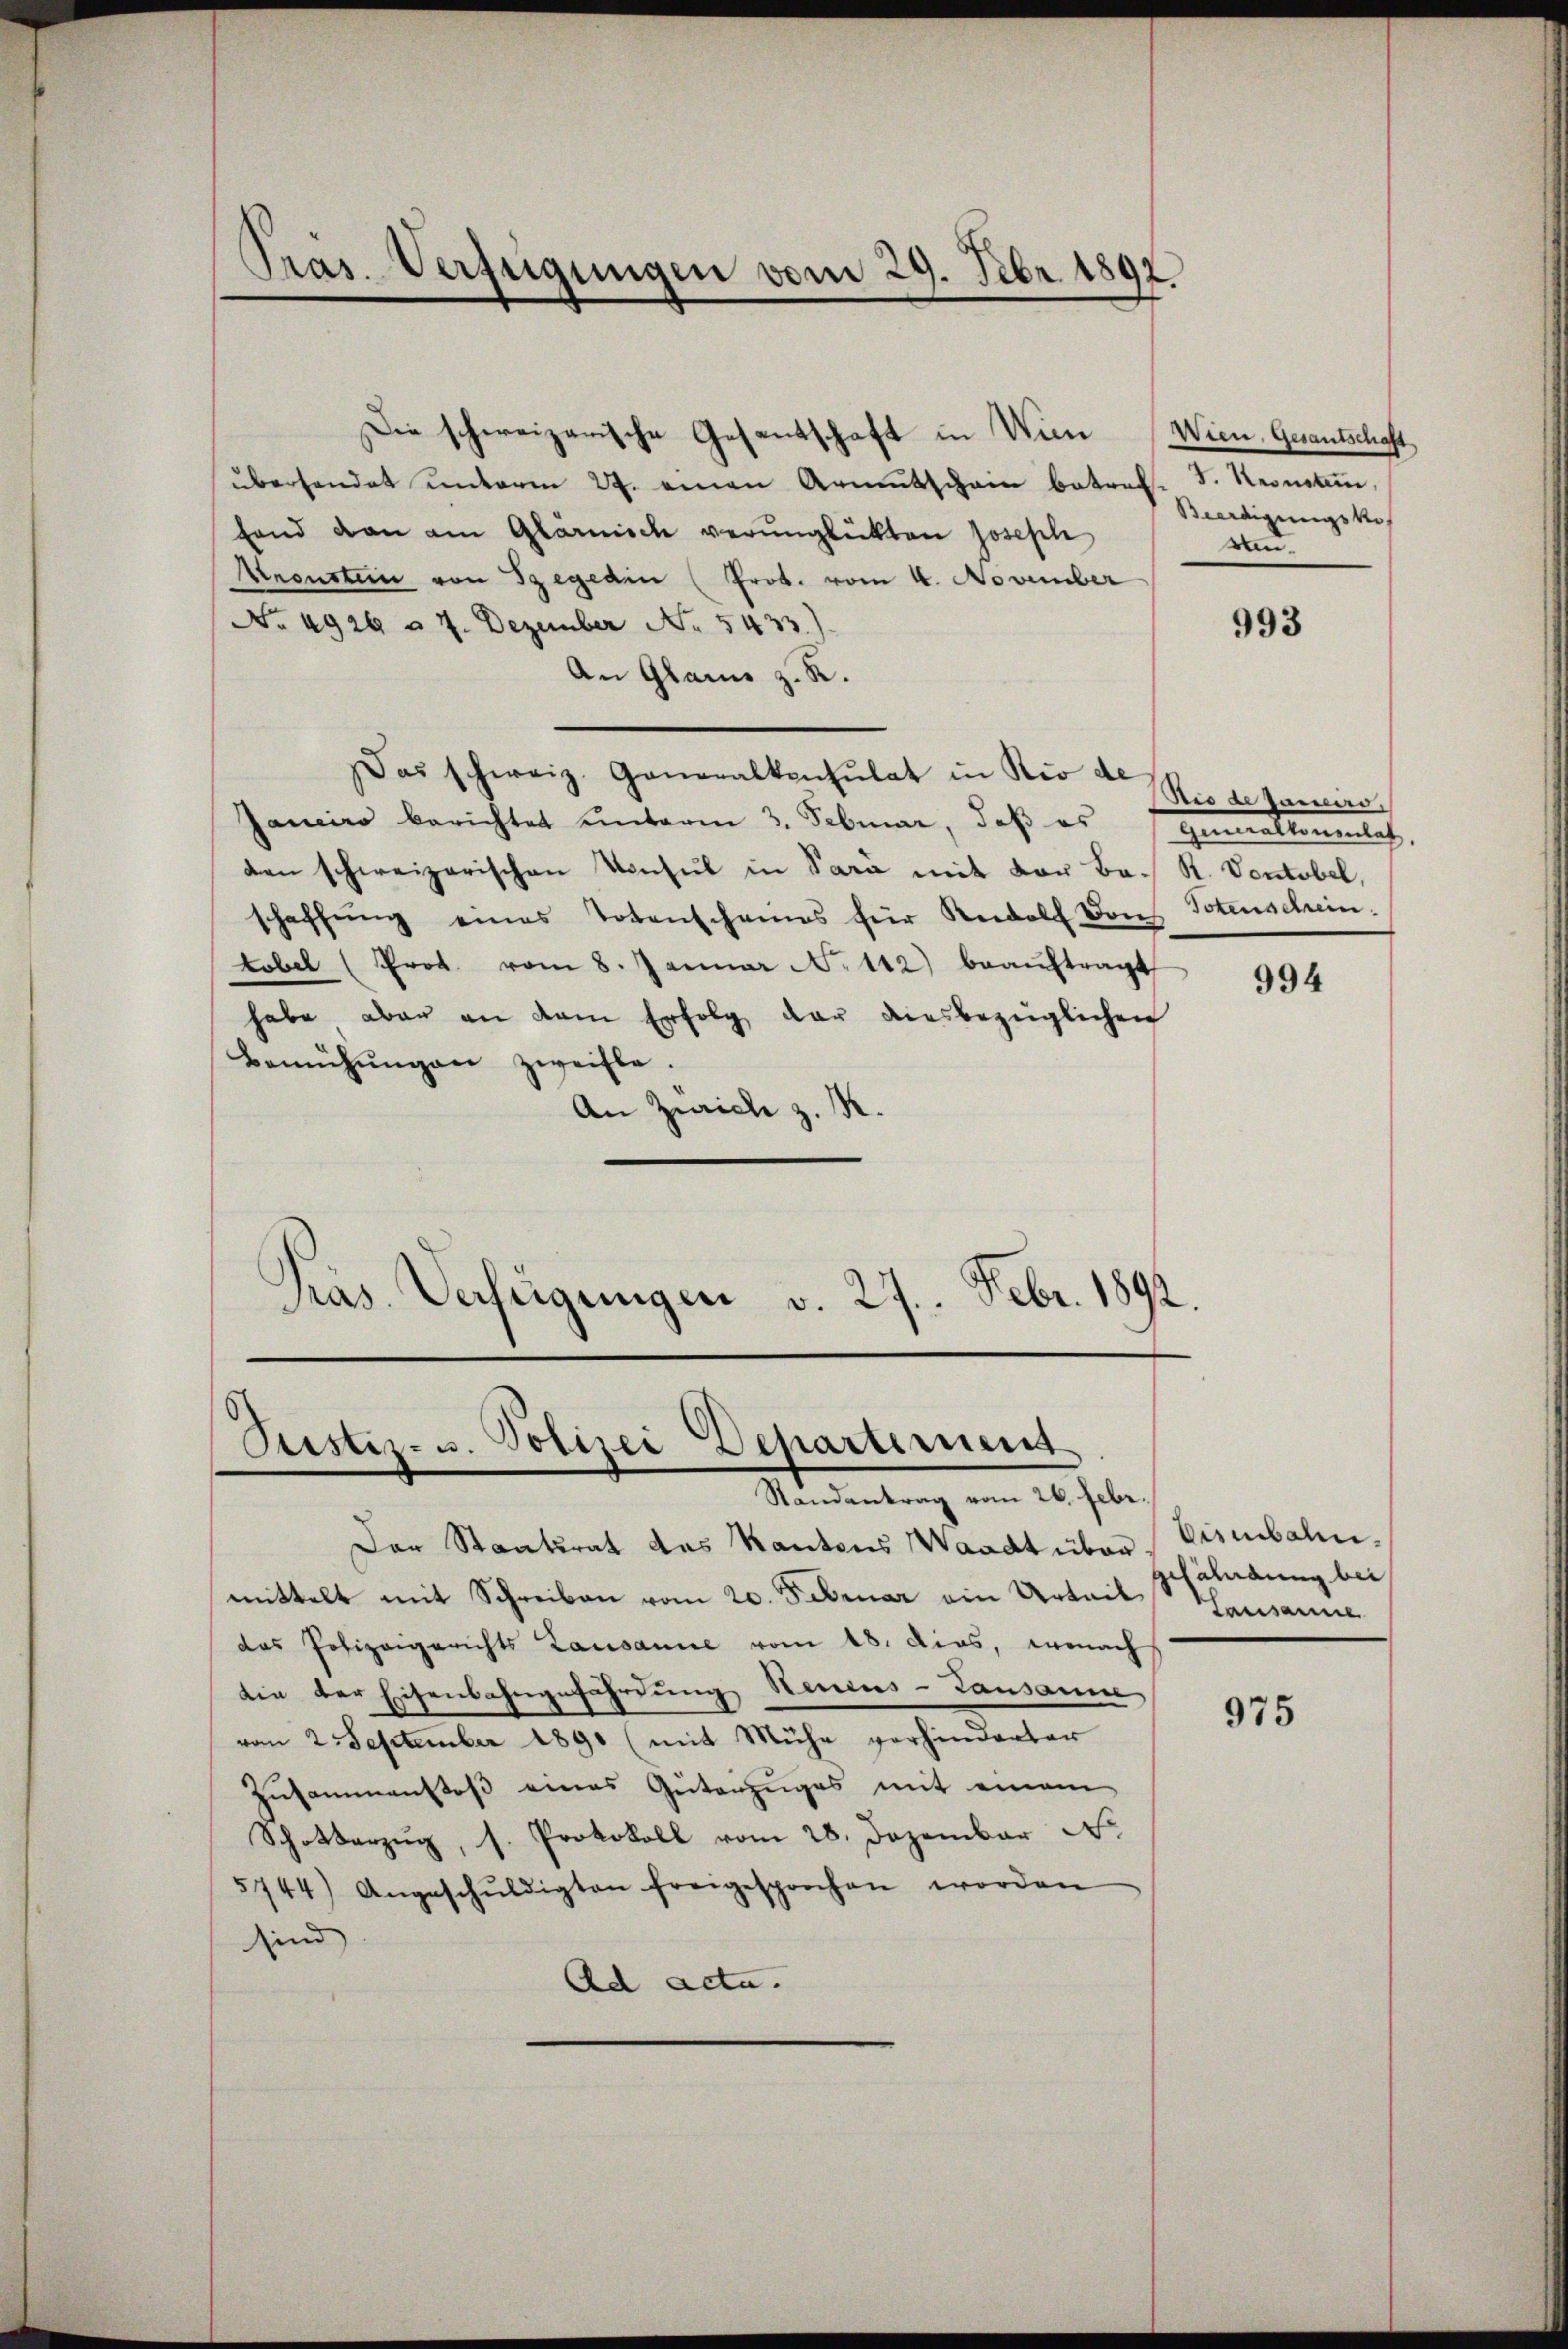
Pras. Verfügungen vom 29. Febr. 1892

Die schweizerische Gesantschaft in Wien

Ptistiz- u. Polizei Departement
Randantrag vom 26. Febr.

überhandet unterm 27. einen Armutschein betreff. F. Reinsten,
fand dan am Glärnisch verŭnglückten Joseph
Aronsten von Szegedin (Prok. vom 4. November
No 4926 n 7. Dezember No. 5433).
An Glarne z. R.
Das schweiz. Generalkonsulat in Rio de
Janeiro berichtet ŭnterm 3. Februar, daβ es gemalkonenlich,
den schweizerischen Konsul in Sara mit vor Be- St. Vontobel,
schaffŭng eines Totenschames für Rudolf von Totenschein.
tobel (Prot. vom 8. Januar N. 112) beaŭftragt
habe aber an dem Erfolg der diesbezüglichen
Bemühŭngen zweifle.
An Zürich z. R.
Pras. Verfeigungen v. 27. Febr. 1892.

Der Staatsrat das Kantons Waadt über
mittelt mit Schreiben vom 20. Februar ein Urteil
das Polizeigerichts Lausanne vom 18. dies, wonach
die der Eisenbahngefährdung Neuens-Lausanne
vom 2 September 1890 (mit Mühe vorhinderter
Zusammenstoß eines Güterzuges mit einem
Schotterzug, s. Protokoll vom 28. Dezember N.
5744) Angeschŭldigten freigesprochen worden
sind |
Ad acta.

Wien. Gesantschaft
Beerdigungskos
run¬

993

Sie de Janeiro

994

bisibale.
gefährdung bei
Lausanne

975